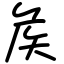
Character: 矦